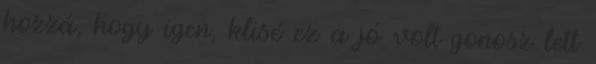
hozzá, hogy igen, klisé ez a jó volt-gonosz lett